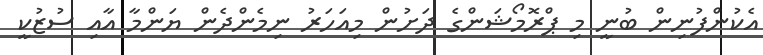
އެކުންފުނިން ބުނީ މި ޕްރޮމޯޝަންގެ ދަށުން މިއަހަރު ނިމެންދެން ޔަންމާ އާއި ސުޒުކީ